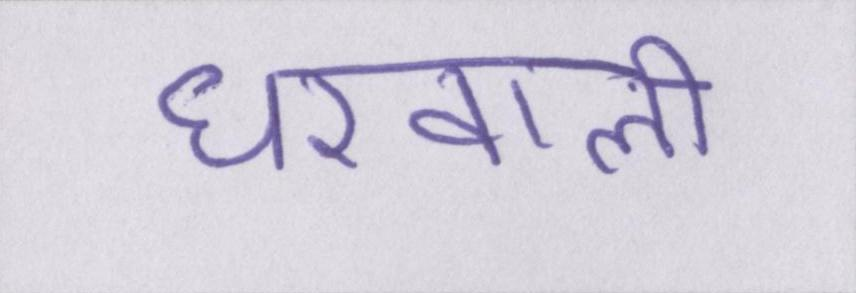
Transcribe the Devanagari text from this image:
घरवाली